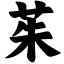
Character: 茱